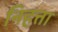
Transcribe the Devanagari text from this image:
निहत्ता